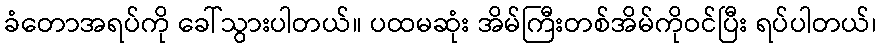
ခံတောအရပ်ကို ခေါ်သွားပါတယ်။ ပထမဆုံး အိမ်ကြီးတစ်အိမ်ကိုဝင်ပြီး ရပ်ပါတယ်၊